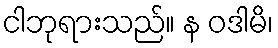
ငါဘုရားသည်။ န ဝဒါမိ၊